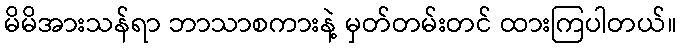
မိမိအားသန်ရာ ဘာသာစကားနဲ့ မှတ်တမ်းတင် ထားကြပါတယ်။